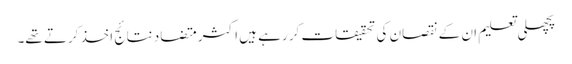
پچھلی تعلیم ان کے نقصان کی تحقیقات کر رہے ہیں اکثر متضاد نتائج اخذ کرتے تھے۔